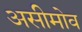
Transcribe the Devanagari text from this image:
असीमोव